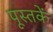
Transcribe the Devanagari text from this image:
पूस्‍तकें